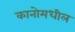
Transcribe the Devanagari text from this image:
कानोमधील